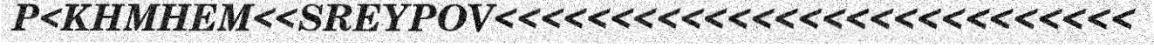
P<KHMHEM<<SREYPOV<<<<<<<<<<<<<<<<<<<<<<<<<<<